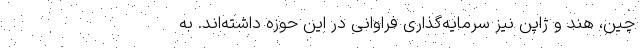
چین، هند و ژاپن نیز سرمایه‌گذاری فراوانی در این حوزه داشته‌اند. به